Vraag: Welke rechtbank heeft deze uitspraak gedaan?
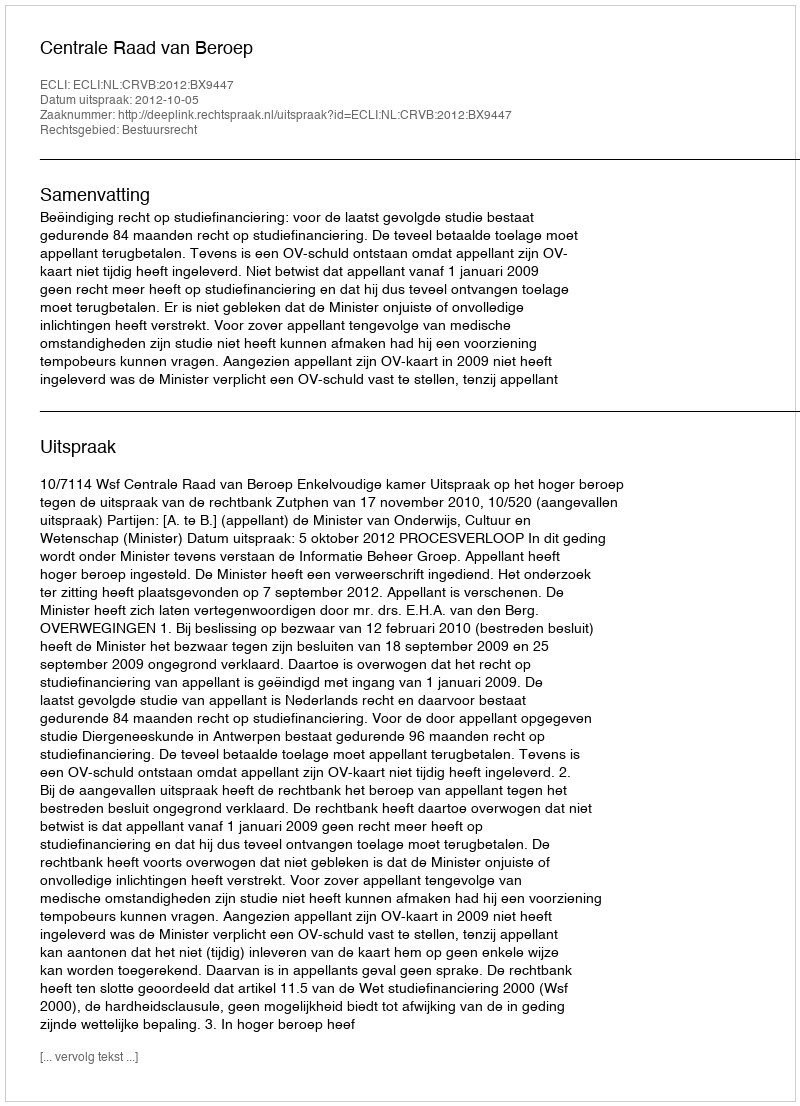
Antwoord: Centrale Raad van Beroep